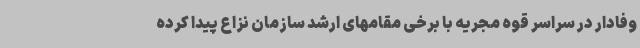
وفادار در سراسر قوه مجریه با برخی مقامهای ارشد سازمان نزاع پیدا کرده